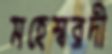
মহেশ্বরদী